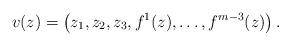
LaTeX: \begin{align*} v(z)=\big(z_1,z_2,z_3,f^1(z),\dots,f^{m-3}(z)\big)\, . \end{align*}